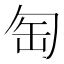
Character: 匋